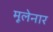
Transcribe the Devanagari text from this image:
मूलेनार